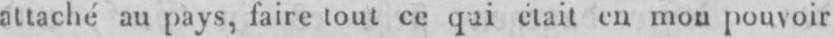
attaché au pays, faire tout ce qui était en mon pouvoir